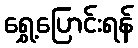
ရွှေ့ပြောင်းရန်